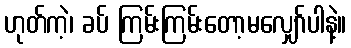
ဟုတ်ကဲ့၊ ခပ် ကြမ်းကြမ်းတော့မလျှော်ပါနဲ့။